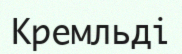
Кремльді